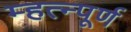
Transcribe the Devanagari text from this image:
म्हत्न्पूर्ण